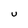
Character: U